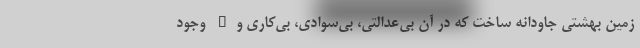
زمین بهشتی جاودانه ساخت که در آن بی‌عدالتی، بی‌سوادی، بی‌کاری و… وجود